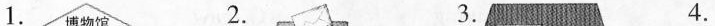
1. 2. 3. 4.